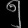
Digit: ၅